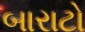
બારાટો